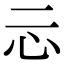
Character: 忈